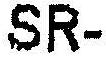
SR-